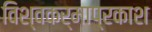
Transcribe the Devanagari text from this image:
विश्वकर्माप्रकाश